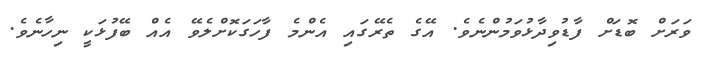
ވަރަށް ބޮޑަށް ފާޑުވިދާޅުވަމުންނެވެ. އޭގެ ތެރޭގައި އެންމެ ފާހަގަކޮށްލެވޭ އެއް ބޭފުޅަކީ ނިހާނެވެ.